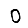
Digit: 0